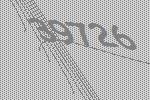
39726